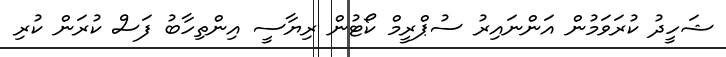
ޝަހީދު ކުރަވަމުން އަންނައިރު ސުޕްރީމް ކޯޓުން ރިޔާސީ އިންތިހާބު ފަސް ކުރަން ކުރި